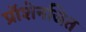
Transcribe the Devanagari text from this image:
प्रॉशेनजित